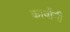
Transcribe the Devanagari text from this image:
कार्वोनी